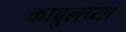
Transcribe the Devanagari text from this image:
काबुलच्या